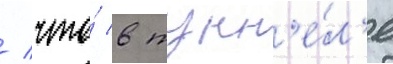
/ что́ в тунн'е́л'е